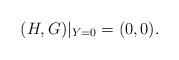
LaTeX: \begin{align*} (H,G)|_{Y=0}=(0,0).\end{align*}